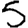
Digit: 5